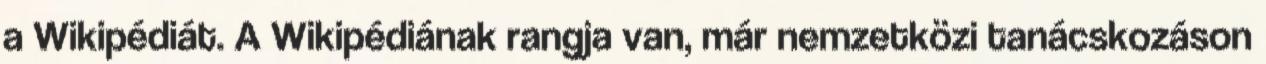
a Wikipédiát. A Wikipédiának rangja van, már nemzetközi tanácskozáson